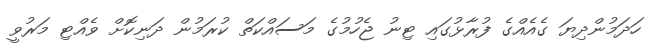
ހަދަމުންދިޔަ ގެއެއްގެ ފުރާޅުގައި ޓިނު ޖެހުމުގެ މަސައްކަތް ކުރަމުން ދަނިކޮށް ވެއްޓި މަރުވީ